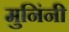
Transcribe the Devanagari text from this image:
मुनिंनी